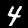
Digit: 4